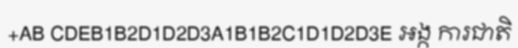
+AB CDEB1B2D1D2D3A1B1B2C1D1D2D3E អង្ក ការជាតិ